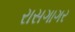
રાસગાગર